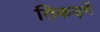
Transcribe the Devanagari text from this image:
तिकड़में